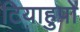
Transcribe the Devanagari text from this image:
टियाहुपो